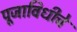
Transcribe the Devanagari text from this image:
पूजाविधीचे